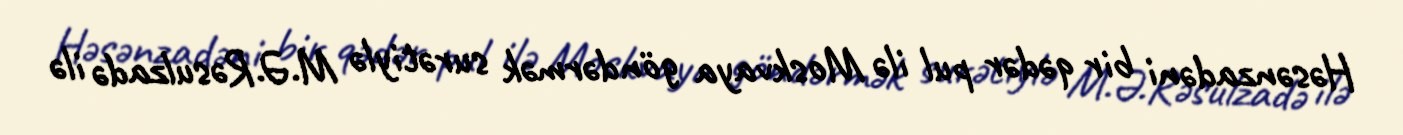
Həsənzadəni bir qədər pul ilə Moskvaya göndərmək surətiylə M.Ə.Rəsulzadə ilə